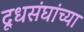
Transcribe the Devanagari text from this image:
दूधसंघांच्या